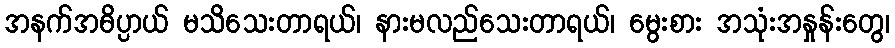
အနက်အဓိပ္ပာယ် မသိသေးတာရယ်၊ နားမလည်သေးတာရယ်၊ မွေးစား အသုံးအနှုန်းတွေ၊